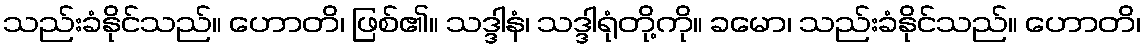
သည်းခံနိုင်သည်။ ဟောတိ၊ ဖြစ်၏။ သဒ္ဒါနံ၊ သဒ္ဒါရုံတို့ကို။ ခမော၊ သည်းခံနိုင်သည်။ ဟောတိ၊